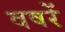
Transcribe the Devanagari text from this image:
वषरें